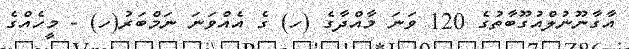
އާގާނޫނުލްއުގޫބާތުގެ 120 ވަނަ މާއްދާގެ (ހ) ގެ އެއްވަނަ ނަމްބަރު(ހ) - މީހެއްގެ